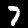
Digit: 7